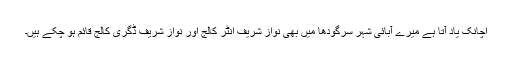
اچانک یاد آتا ہے میرے آبائی شہر سرگودھا میں بھی نواز شریف انٹر کالج اور نواز شریف ڈگری کالج قائم ہو چکے ہیں۔